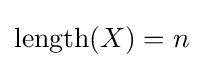
\operatorname {length} (X)=n